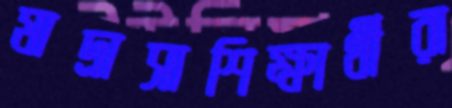
মাদ্রাসাশিক্ষার্থীরা